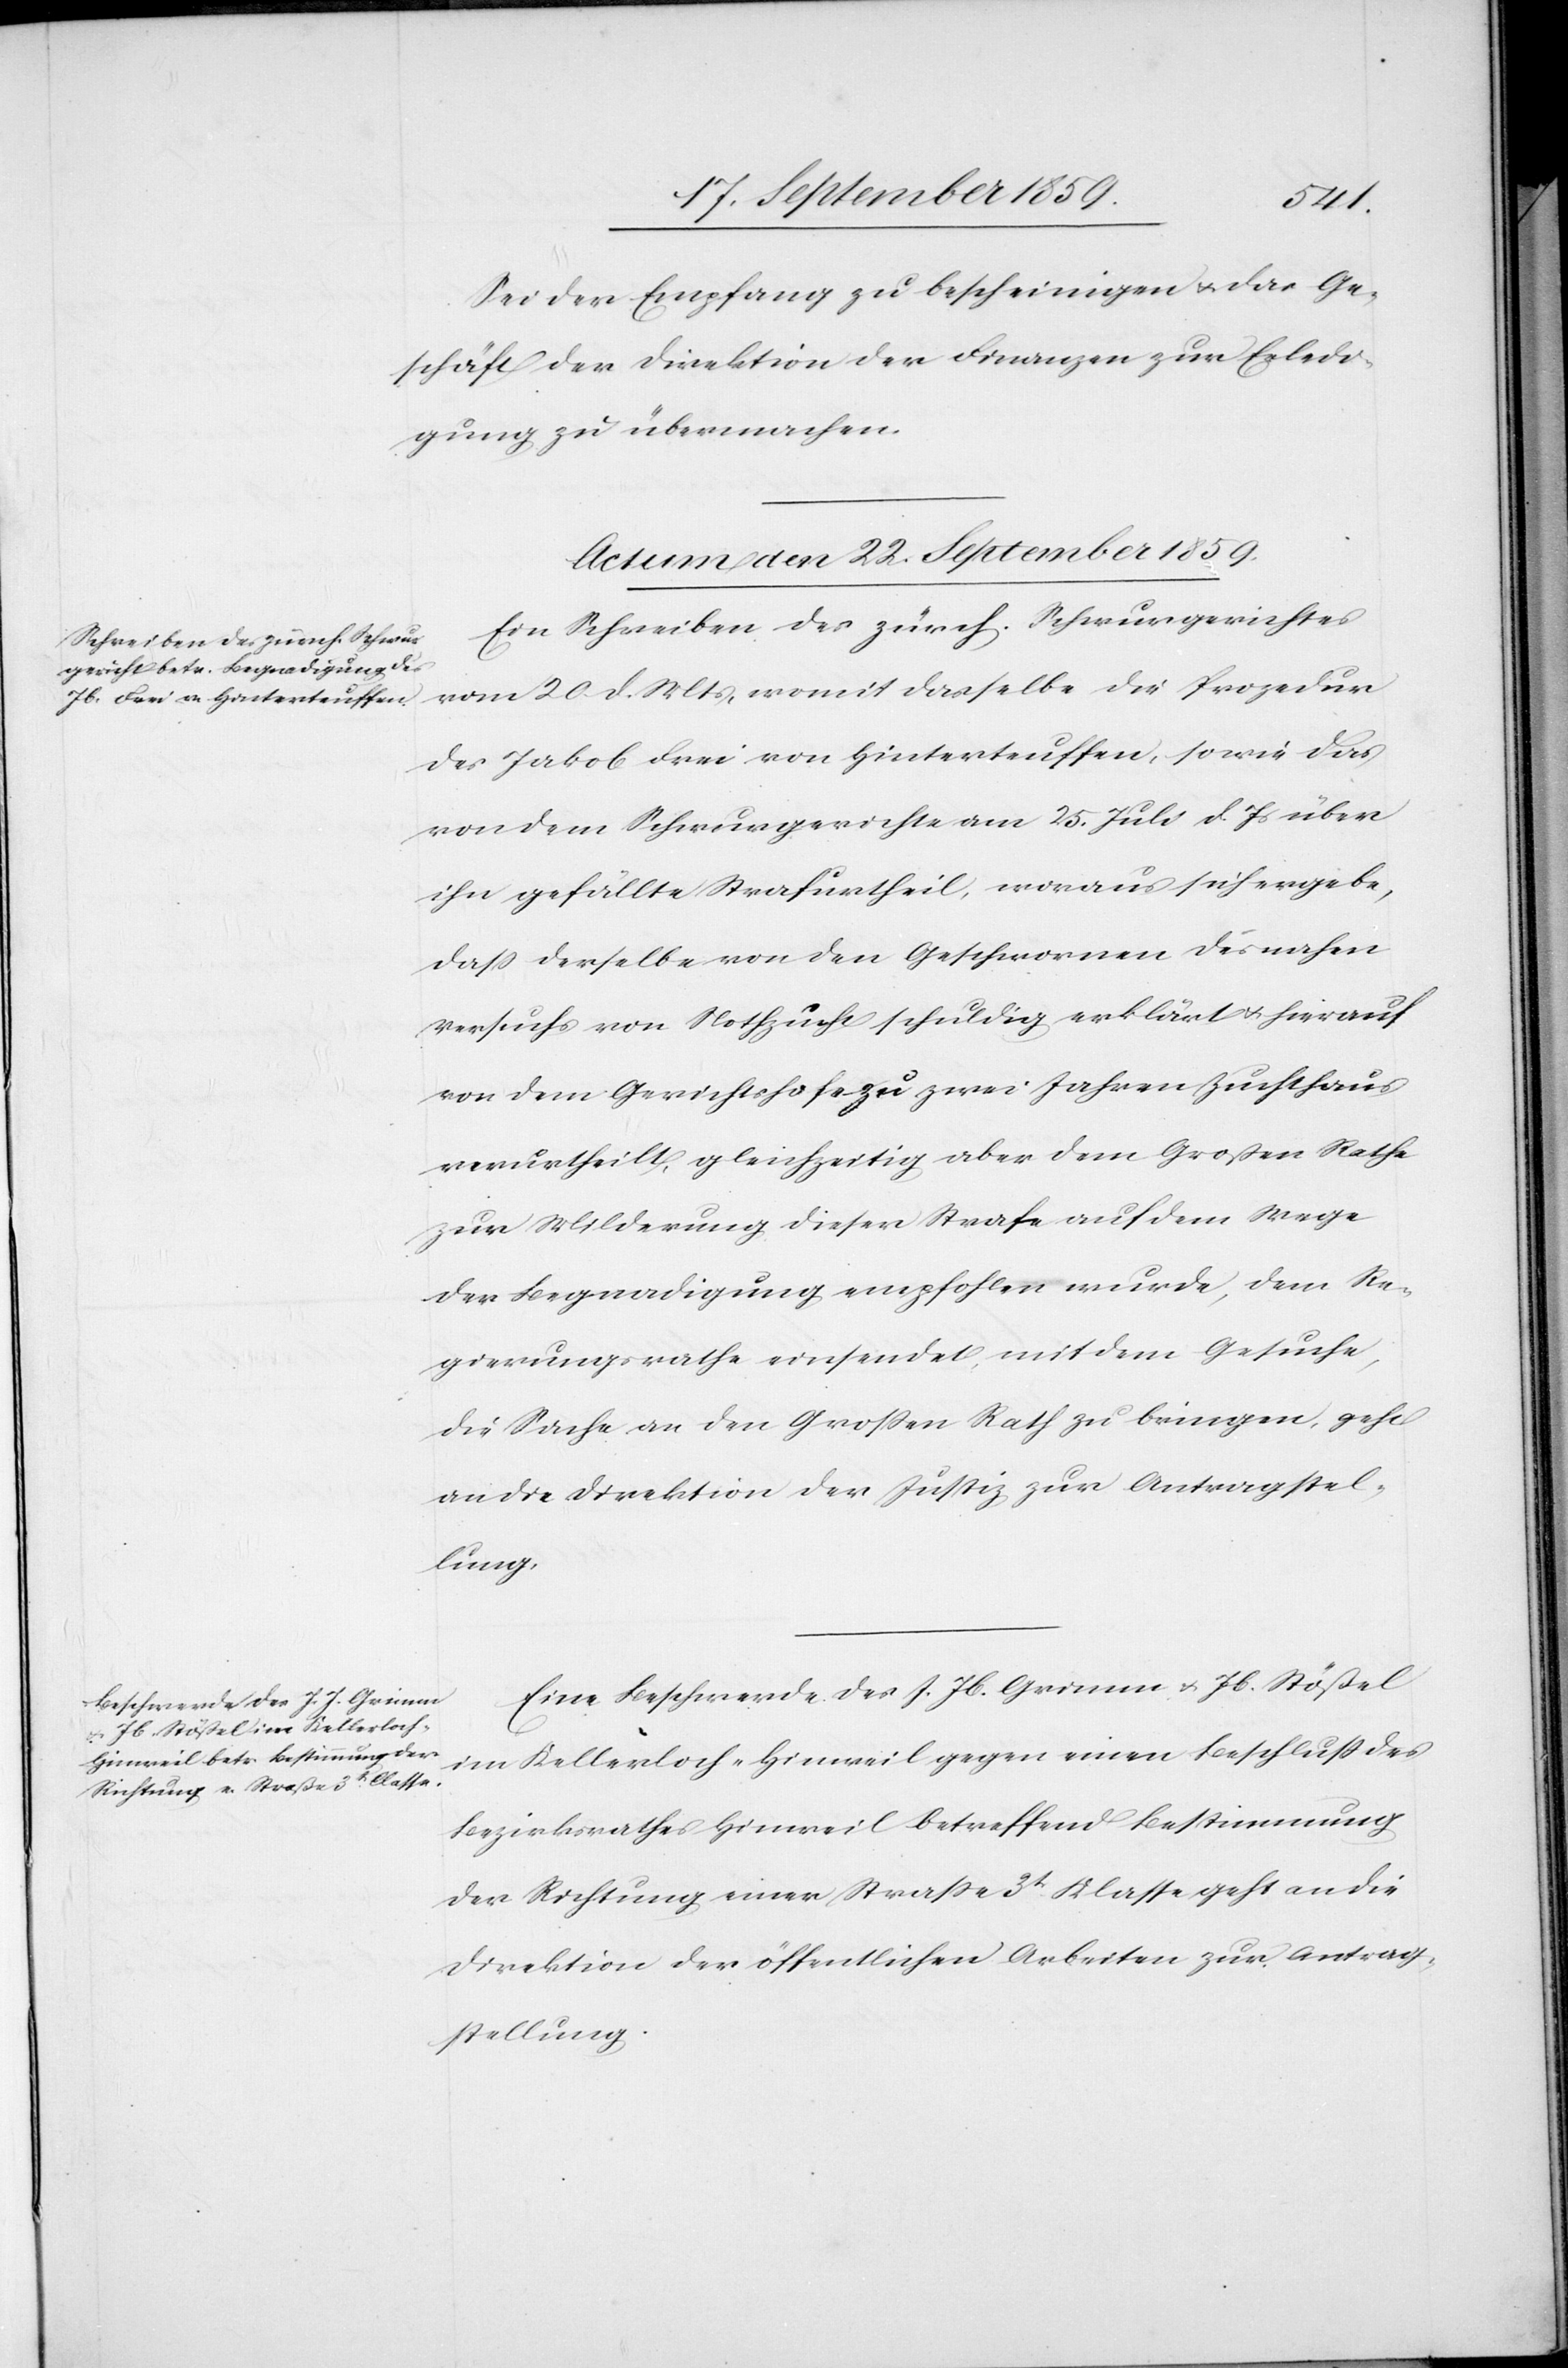
Sei der Empfang zu bescheinigen & das Ge¬
schäft der Direktion der Finanzen zur Erledi¬
gung zu übermachen.
Actum den 22. September 1859]
Ein Schreiben des zürch. Schwurgerichtes
vom 20. d. Mts., womit dasselbe die Prozedur
des Jakob Frei von Hinterteuffen, sowie das
von dem Schwurgerichte am 25. Juli d. Js. über
ihn gefällte Strafurtheil, woraus sich ergebe,
daß derselbe von den Geschworenen des nahen
Versuchs von Nothzucht schuldig erklärt & hierauf
von dem Gerichtshofe zu zwei Jahren Zuchthaus
verurtheilt, gleichzeitig aber dem Großen Rathe
zur Milderung dieser Strafe auf dem Wege
der Begnadigung empfohlen wurde, dem Re¬
gierungsrathe einsendet, mit dem Gesuche,
die Sache an den Großen Rath zu bringen, geht
an die Direktion der Justiz zur Antragstel¬
lung.
Eine Beschwerde des J. Jb. Grimm & Jb. Stößel
im Kellerloch-Hinweil gegen einen Beschluß des
Bezirksrathes Hinweil betreffend Bestimmung
der Richtung einer Straße 3t. Klasse geht an die
Direktion der öffentlichen Arbeiten zur Antrag¬
stellung.